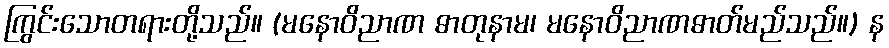
ကြွင်းသောတရားတို့သည်။ (မနောဝိညာဏ ဓာတုနာမ၊ မနောဝိညာဏဓာတ်မည်သည်။) န